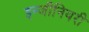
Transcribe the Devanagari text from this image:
इन्जीनियरी